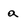
Character: a